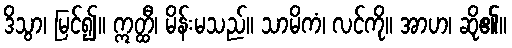
ဒိသွာ၊ မြင်၍။ ဣတ္ထီ၊ မိန်းမသည်။ သာမိကံ၊ လင်ကို။ အာဟ၊ ဆို၏။